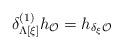
LaTeX: \begin{align*}\delta^{(1)}_{\Lambda[\xi]}h_{\cal O}=h_{\delta_{\xi}{\cal O}}\end{align*}